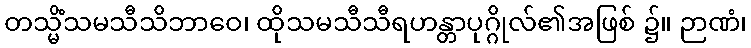
တသ္မိံသမသီသိဘာဝေ၊ ထိုသမသီသီရဟန္တာပုဂ္ဂိုလ်၏အဖြစ် ၌။ ဉာဏံ၊